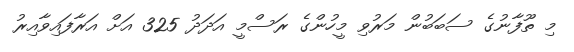
މި ތޫފާނުގެ ސަބަބުން މަރުވި މީހުންގެ ރަސްމީ އަދަދު 325 އަށް އަރާފައިވާއިރު